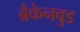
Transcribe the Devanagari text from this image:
ब्रैकेनवुड